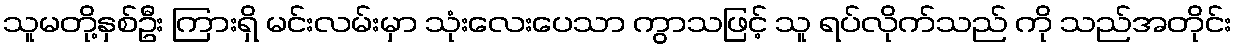
သူမတို့နှစ်ဦး ကြားရှိ မင်းလမ်းမှာ သုံးလေးပေသာ ကွာသဖြင့် သူ ရပ်လိုက်သည် ကို သည်အတိုင်း